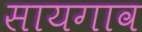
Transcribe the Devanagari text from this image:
सायगाव